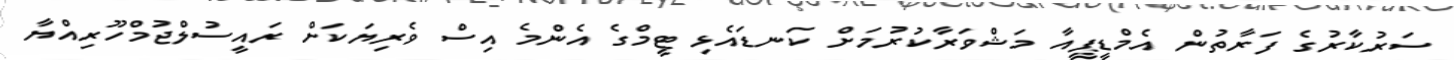
ސަރުކާރުގެ ފަރާތުން އެމްޑީޕީއާ މަޝްވަރާކުރުމަށް ކަނޑައެޅި ޓީމްގެ އެންމެ އިސް ވެރިޔަކަށް ރައީސުލްޖުމްހޫރިއްޔާ